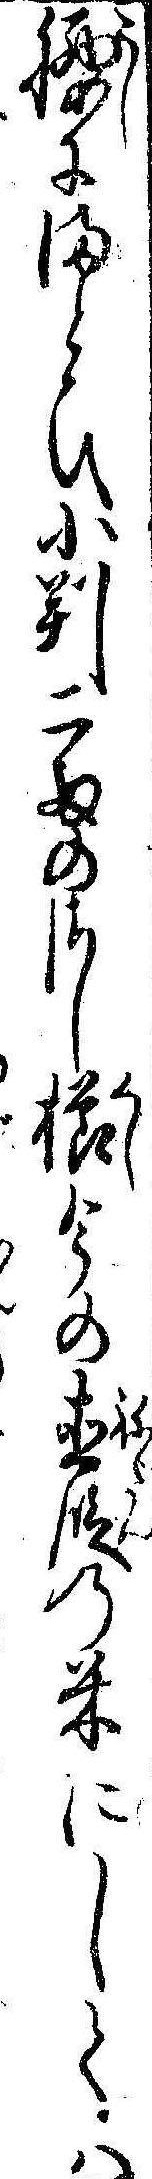
腰にまとひ小判二両のさし櫛今の直段の米にしては